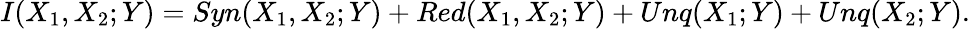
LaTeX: I(X_{1},X_{2};Y)=Syn(X_{1},X_{2};Y)+Red(X_{1},X_{2};Y)+Unq(X_{1};Y)+Unq(X_{2};Y).